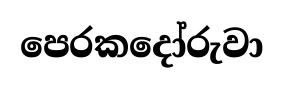
පෙරකදෝරුවා